Scottish Certificate of Education, 1963
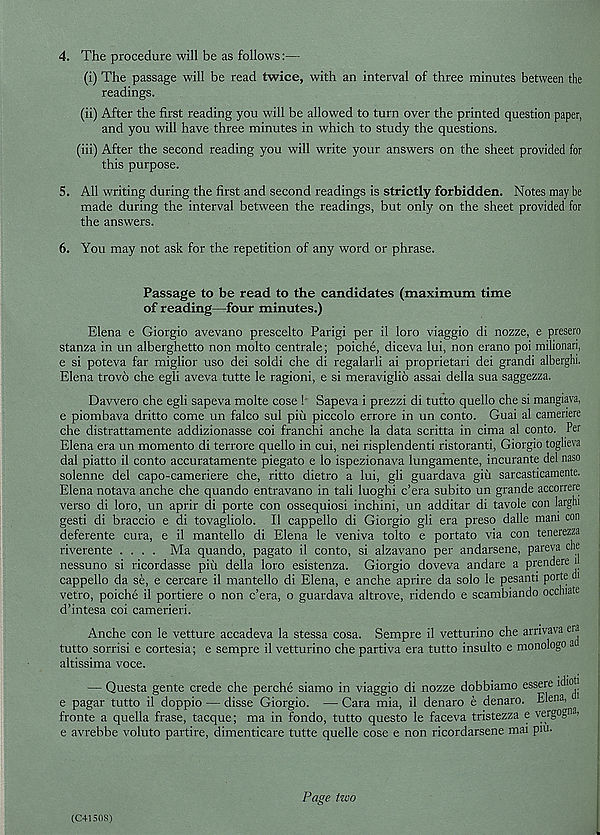
4. The procedure will be as follows:—
(i) The passage will be read twice, with an interval of three minutes between the
readings.
(ii) After the first reading you will be allowed to turn over the printed question paper,
and you will have three minutes in which to study the questions.
(iii) After the second reading you will write your answers on the sheet provided for
this purpose.
5. All writing during the first and second readings is strictly forbidden. Notes may be
made during the interval between the readings, but only on the sheet provided for
the answers.
6. You may not ask for the repetition of any word or phrase.
Passage to be read to the candidates (maximum time
of reading—four minutes.)
Elena e Giorgio avevano prescelto Parigi per il loro viaggio di nozze, e presero
stanza in un alberghetto non molto centrale; poiche, diceva lui, non erano poi milionari,
e si poteva far miglior uso dei soldi che di regalarli ai proprietari dei grandi alberghi.
Elena trovo che egli aveva tutte le ragioni, e si meraviglib assai della sua saggezza.
Davvero che egli sapeva molte cose ! Sapeva i prezzi di tutto quello che si mangiava,
e piombava dritto come un falco sul piu piccolo errore in un conto. Guai al camenere
che distrattamente addizionasse coi franchi anche la data scritta in cima al conto. Per
Elena era un momento di terrore quello in cui, nei risplendenti ristoranti, Giorgio togheva
dal piatto il conto accuratamente piegato e lo ispezionava lungamente, incurante del naso
solenne del capo-cameriere che, ritto dietro a lui, gli guardava giii sarcasticamente.
Elena notava anche che quando entravano in tali luoghi c’era subito un grande accorrere
verso di loro, un aprir di porte con ossequiosi inchini, un additar di tavole con larghi
gesti di braccio e di tovagliolo. Il cappello di Giorgio gli era preso dalle mam con
deferente cura, e il mantello di Elena le veniva tolto e portato via con tenerezza
riverente .... Ma quando, pagato il conto, si alzavano per andarsene, pareva che
nessuno si ricordasse piii della loro esistenza. Giorgio doveva andare a prendere n
cappello da se, e cercare il mantello di Elena, e anche aprire da solo le pesanti porte cii
vetro, poiche il portiere o non c’era, o guardava altrove, ridendo e scambiando occhiate
d’intesa coi camerieri.
Anche con le vetture accadeva la stessa cosa. Sempre il vetturino che arnvava era
tutto sorrisi e cortesia; e sempre il vetturino che partiva era tutto insulto e monologo a
altissima voce.
— Questa gente crede che perche siamo in viaggio di nozze dobbiamo essere idioh
e pagar tutto il doppio — disse Giorgio. — Cara mia, il denaro e denaro. Elena,
fronte a quella frase, tacque; ma in fondo, tutto questo le faceva tristezza e vergogna,
e avrebbe voluto partire, dimenticare tutte quelle cose e non ricordarsene mai pm.
(C4150S)
Page two